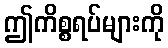
ဤကိစ္စရပ်များကို